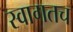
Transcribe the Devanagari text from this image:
स्‍वागतच